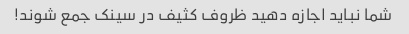
شما نباید اجازه دهید ظروف کثیف در سینک جمع شوند!